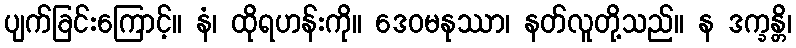
ပျက်ခြင်းကြောင့်။ နံ၊ ထိုရဟန်းကို။ ဒေဝမနုဿာ၊ နတ်လူတို့သည်။ န ဒက္ခန္တိ၊